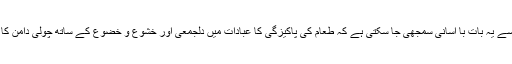
اس مثال سے یہ بات با آسانی سمجھی جا سکتی ہے کہ طعام کی پاکیزگی کا عبادات میں دلجمعی اور خشوع و خضوع کے ساتھ چولی دامن کا ساتھ ہے۔